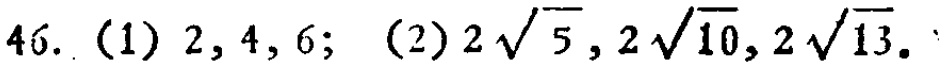
46. (1) \(2,4,6\); (2) \(2\sqrt{5},2\sqrt{10},2\sqrt{13}\).